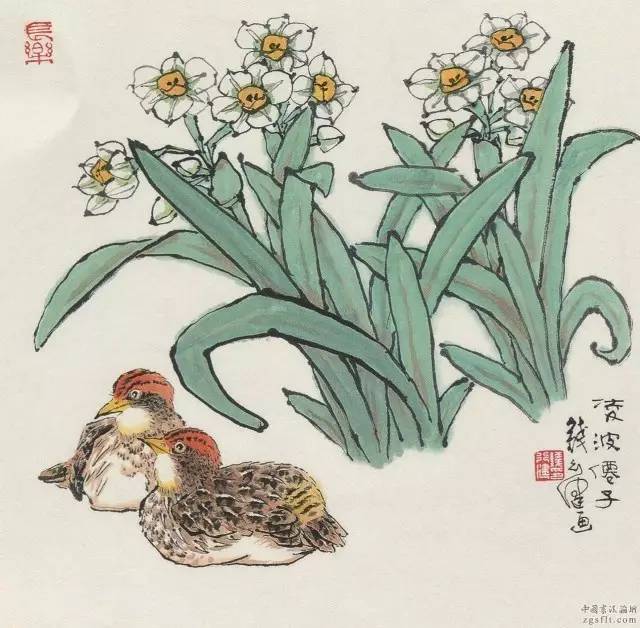
不见又思量，见了还依旧。